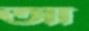
আ